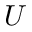
U